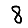
Digit: 8